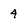
Character: 4